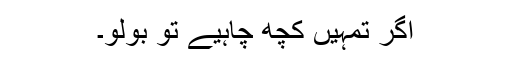
اگر تمہیں کچھ چاہیے تو بولو۔